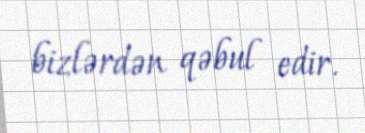
bizlərdən qəbul edir.